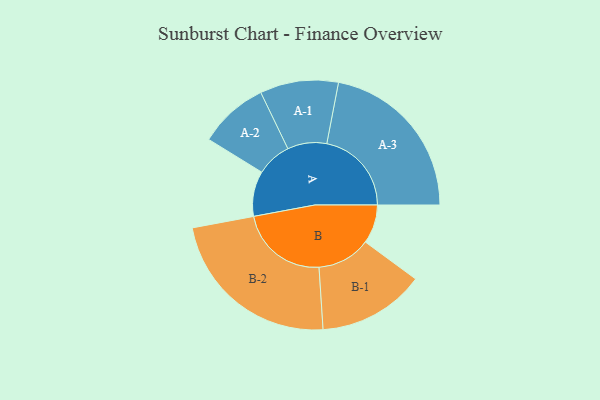
{"axis": {"x": "Segment", "y": "Value"}, "legend": ["", "A", "B"], "data": [{"x": "A", "y": 136, "type": ""}, {"x": "B", "y": 117, "type": ""}, {"x": "A-1", "y": 118, "type": "A"}, {"x": "A-2", "y": 105, "type": "A"}, {"x": "A-3", "y": 255, "type": "A"}, {"x": "B-1", "y": 161, "type": "B"}, {"x": "B-2", "y": 268, "type": "B"}]}